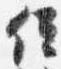
位